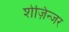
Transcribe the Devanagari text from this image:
शेज़िन्जर